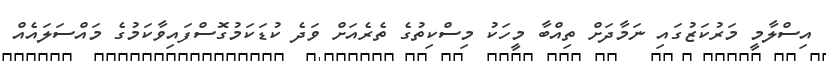
އިސްލާމީ މަރުކަޒުގައި ނަމާދަށް ތިއްބާ މީހަކު މިސްކިތުގެ ތެރެއަށް ވަދެ ކުޑަކަމުގޮސްފައިވާކަމުގެ މައްސަލައެއް